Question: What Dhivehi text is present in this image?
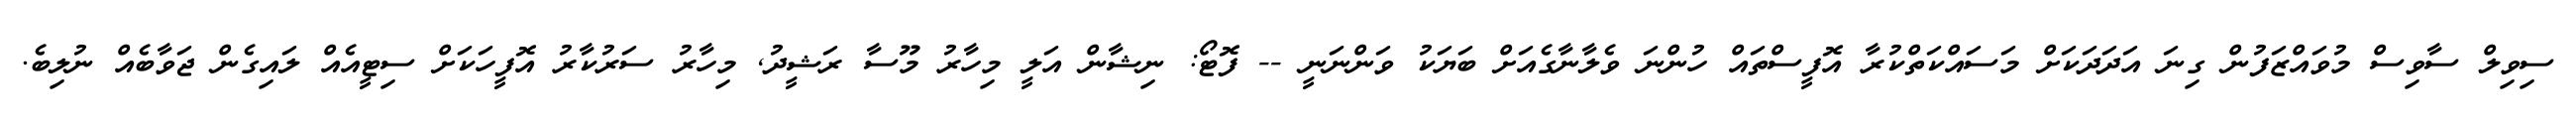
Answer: ސިވިލް ސާވިސް މުވައްޒަފުން ގިނަ އަދަދަކަށް މަސައްކަތްކުރާ އޮފީސްތައް ހުންނަ ވެލާނާގެއަށް ބަޔަކު ވަންނަނީ -- ފޮޓޯ: ނިޝާން އަލީ މިހާރު މޫސާ ރަޝީދު, މިހާރު ސަރުކާރު އޮފީހަކަށް ސިޓީއެއް ލައިގެން ޖަވާބެއް ނުލިބެ.